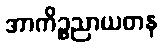
အာကိဉ္စညာယတန